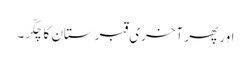
اور پھر آخری قبرستان کا چکّر۔